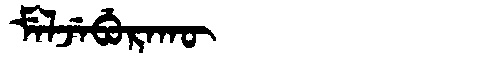
Manchu: ᠮᡝᠯᠵᡝᠪᡠᡵᠠᡴᡡ
Romanization: MELJEBURAKŪ